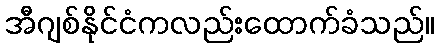
အီဂျစ်နိုင်ငံကလည်းထောက်ခံသည်။